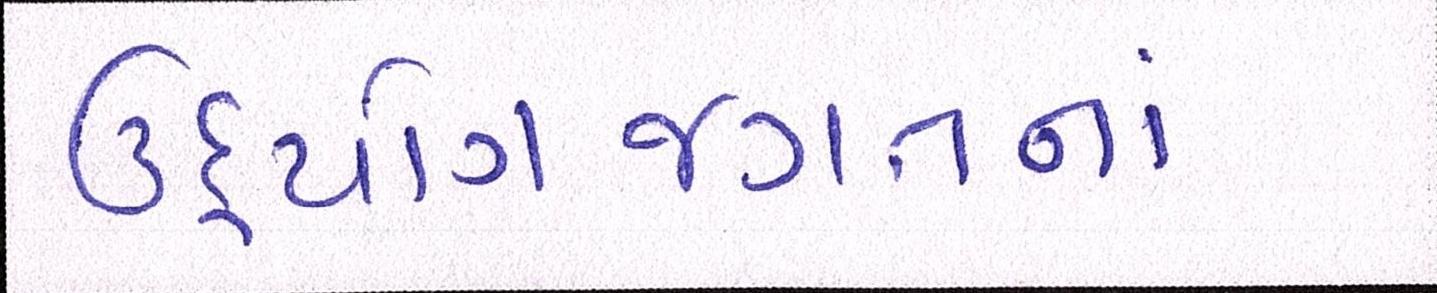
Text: ઉદ્યોગજગતનાં